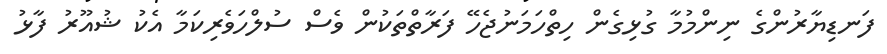
ފަނޑިޔާރުންގެ ނިންމުމާ ގުޅިގެން ހިތްހަމަނުޖެހޭ ފަރާތްތަކުން ވެސް ސުލްހަވެރިކަމާ އެކު ޝުއޫރު ފާޅު